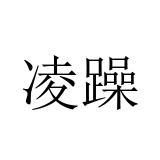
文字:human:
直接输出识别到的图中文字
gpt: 凌躁